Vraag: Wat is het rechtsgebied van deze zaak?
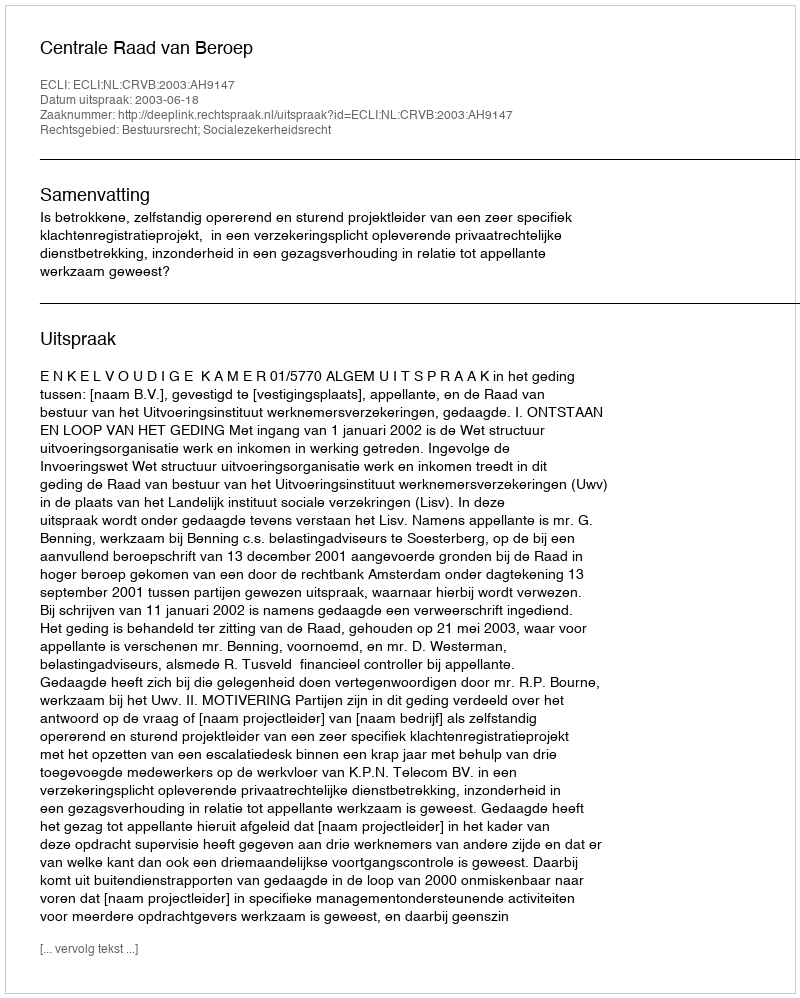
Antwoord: Bestuursrecht; Socialezekerheidsrecht